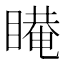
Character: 𰥿